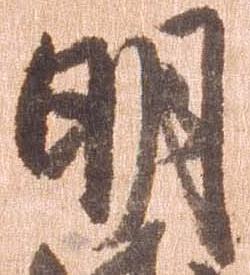
明